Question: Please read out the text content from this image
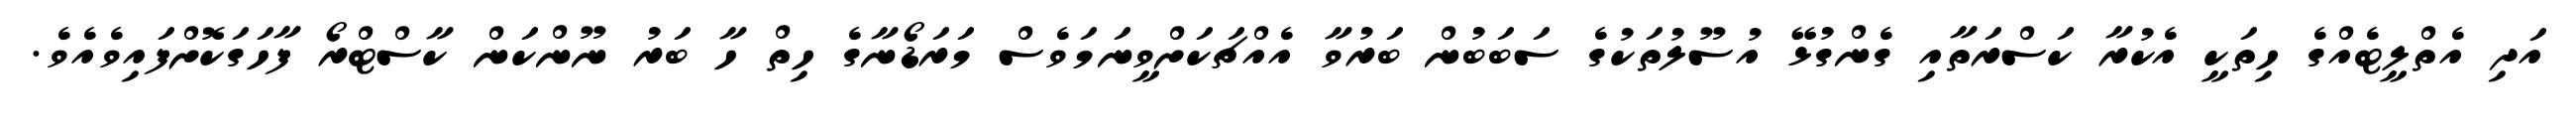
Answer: އަދި އެތްލީޓެއްގެ ހިތަކީ އެކުރާ ކަސްރަތާއި ގެންގުޅޭ އުސޫލުތަކުގެ ސަބަބުން ބަރުވާ އެއްޗަކަށްވީނަމަވެސް މަރަޑޯނާގެ ހިތް ހާ ބަރު ނޫންކަން ކާސްޓްރޯ ފާހަގަކޮށްފައިވެއެވެ.